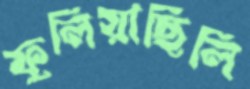
ফুলিয়াছিলি